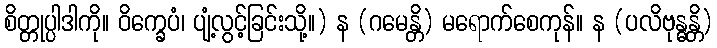
စိတ္တုပ္ပါဒါကို။ ဝိက္ခေပံ၊ ပျံ့လွင့်ခြင်းသို့။) န (ဂမေန္တိ) မရောက်စေကုန်။ န (ပလိဗုန္ဓန္တိ)